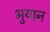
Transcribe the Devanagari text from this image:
भुयान